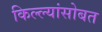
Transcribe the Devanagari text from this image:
किल्ल्यांसोबत